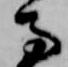
馬